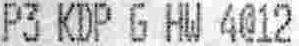
P3 KDP G HW 4@12